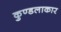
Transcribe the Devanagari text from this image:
कुण्डलाकार